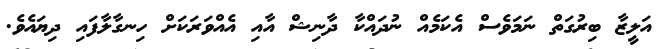
އަލީޒާ ބިރުގަތް ނަމަވެސް އެކަމެއް ނުދައްކާ ދާނިޝް އާއި އެއްވަރަކަށް ހިނގާލާފައި ދިޔައެވެ.